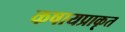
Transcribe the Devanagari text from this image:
कषायप्राकृत